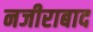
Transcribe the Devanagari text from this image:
नजीराबाद